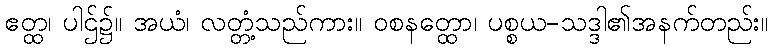
ဧတ္ထ၊ ပါဌ်၌။ အယံ၊ လတ္တံ့သည်ကား။ ဝစနတ္ထော၊ ပစ္စယ-သဒ္ဒါ၏အနက်တည်း။